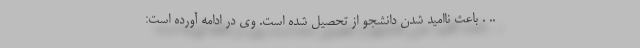
.. . باعث ناامید شدن دانشجو از تحصیل شده است. وی در ادامه آورده است: